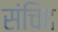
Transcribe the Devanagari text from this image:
संचिद